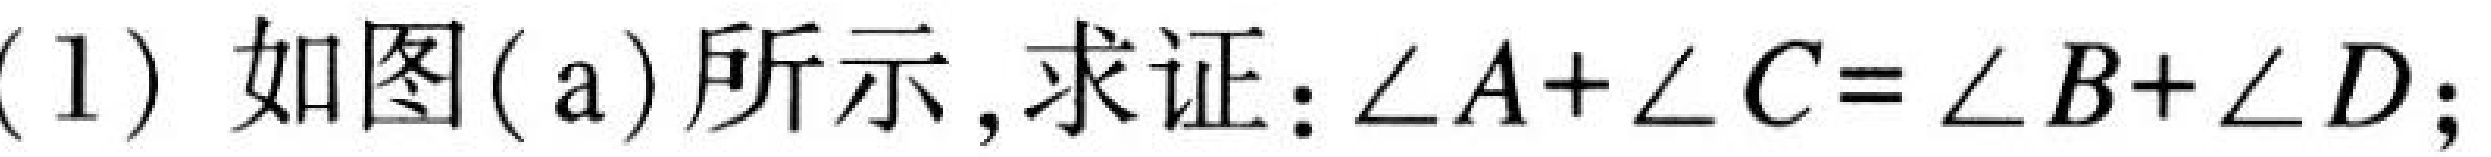
(1) 如图(a)所示, 求证: \(\angle A+\angle C=\angle B+\angle D\);